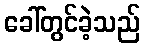
ခေါ်တွင်ခဲ့သည်